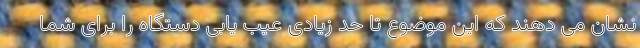
نشان می دهند که این موضوع تا حد زیادی عیب یابی دستگاه را برای شما